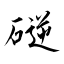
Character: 磀